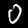
Label: 0